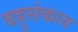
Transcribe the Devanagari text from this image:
बहुसंकाय